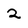
Character: 2